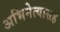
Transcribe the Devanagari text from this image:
अभिनेत्यासह